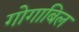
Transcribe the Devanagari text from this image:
गोगाबिल